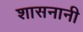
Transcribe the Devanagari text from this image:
शासनानी